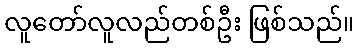
လူတော်လူလည်တစ်ဦး ဖြစ်သည်။